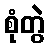
စုံတွဲ